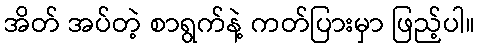
အိတ် အပ်တဲ့ စာရွက်နဲ့ ကတ်ပြားမှာ ဖြည့်ပါ။